Indian journal of veterinary science and animal husbandry - Volume 14,
Year: 1944
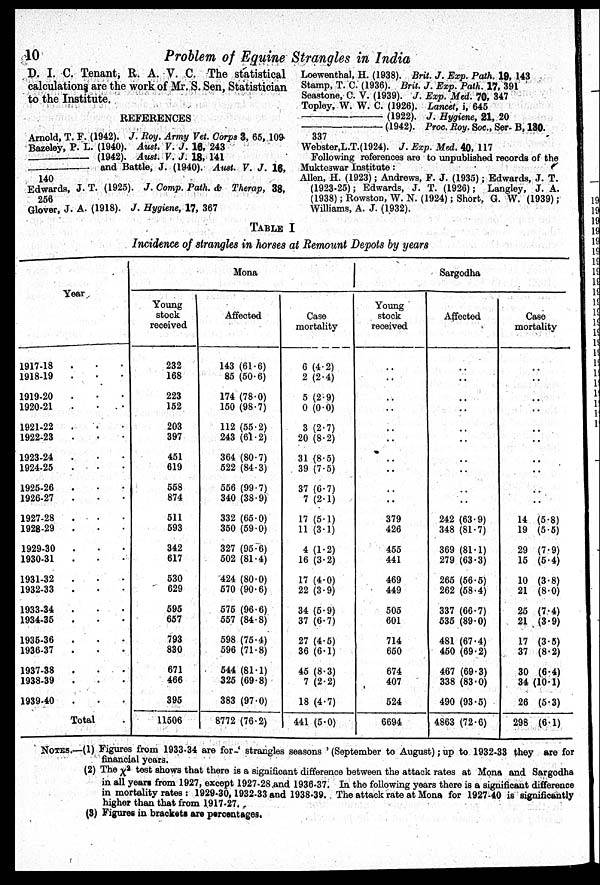
10
Problem of Equine Strangles in India
D. I. C. Tenant, R. A. V. C. The statistical
calculations are the work of Mr. S. Sen, Statistician
to the Institute.
REFERENCES
Arnold, T. F. (1942). J. Roy. Army Vet. Corps 3, 65, 109
Bazeley, P. L. (1940). Aust. V. J. 16, 243
——(1942).
Aust. V. J. 18, 141
——and
Battle, J. (1940). Aust. V. J. 18,
140
Edwards, J. T. (1925). J. Comp. Path. & Therap, 38,
256
Glover, J. A. (1918). J. Hygiene, 17, 367
Loewenthal, H. (1938). Brit. J. Exp. Path. 19, 143
Stamp, T. C. (1936). Brit. J. Exp. Path. 17, 391
Seastone, C. V. (1939). J. Exp. Med. 70, 347
Topley, W. W. C. (1926). Lancet, i, 645
——(1922).
J. Hygiene, 21, 20
——(1942).
Proc. Roy. Soc., Ser- B, 180.
337
Webster,L.T.(1924). J. Exp. Med. 40, 117
Following references are to unpublished records of the
Mukteswar Institute:
Allen, H. (1923); Andrews, F. J. (1935); Edwards, J. T.
(1923.25); Edwards, J. T. (1926); Langley, J. A.
(1938); Rowston, W. N. (1924); Short, G. W. (1939);
Williams, A. J. (1932).
TABLE I
Incidence of strangles in horses at Remount Depots by years
Year
1917-18 . . .
1918-19 . . .
1919-20 . . .
1920-21 . . .
1921-22 . . .
1922-23 . . .
1923-24 . . .
1924-25 . . .
1925-26 . . .
1926-27 . . .
1927-28 . . .
1928-29 . . .
1929-30 . . .
1930-31 . . .
1931-32 . . .
1932-33 . . .
1933-34 . . .
1934-35 . . .
1935-36 . . .
1936-37 . . .
1937-38 . . .
1938-39 . . .
1939-40 . . .
Total .
Mona
Young
stock
received
232
168
223
152
203
397
451
619
558
874
511
593
342
617
530
629
595
657
793
830
671
466
395
11506
Affected
143 (61.6)
85 (50.6)
174 (78.0)
150 (98.7)
112 (55.2)
243 (61.2)
364 (80.7)
522 (84.3)
556 (99.7)
340 (38.9)
332 (65.0)
350 (59.0)
327 (95.6)
502 (81.4)
424 (80.0)
570 (90.6)
575 (96.6)
557 (84.8)
598 (75.4)
596 (71.8)
544 (81.1)
325 (69.8)
383 (97.0)
8772 (76.2)
Case
mortality
6 (4.2)
2 (2.4)
5 (2.9)
0 (0.0)
3 (2.7)
20 (8.2)
31 (8.5)
39 (7.5)
37 (6.7)
7 (2.1)
17 (5.1)
11 (3.1)
4 (1.2)
16 (3.2)
17 (4.0)
22 (3.9)
34 (5.9)
37 (6.7)
27 (4.5)
36 (6.1)
45 (8.3)
7 (2.2)
18 (4.7)
441 (5.0)
Sargodha
Young
stock
received
..
..
..
..
..
..
..
..
..
..
379
426
455
441
469
449
505
601
714
650
674
407
524
6694
Affected
..
..
..
..
..
..
..
..
..
..
242 (63.9)
348 (81.7)
369 (81.1)
279 (63.3)
265 (56.5)
262 (58.4)
337 (66.7)
535 (89.0)
481 (67.4)
450 (69.2)
467 (69.3)
338 (83.0)
490 (93.5)
4863 (72.6)
Case
mortality
..
..
..
..
..
..
..
..
..
..
14 (5.8)
19 (5.5)
29 (7.9)
15 (5.4)
10 (3.8)
21 (8.0)
25 (7.4)
21 (3.9)
17 (3.5)
37 (8.2)
30 (6.4)
34 (10.1)
26 (5.3)
298 (6.1)
NOTES.—(1) Figures from 1933.34 are for-' strangles seasons ' (September to August); up to 1932-33 they are for
financial years.
(2) The x 2 test shows that there is a significant difference between the attack rates at Mona and Sargodha
in all years from 1927, except 1927-28 and 1936-37. In the following years there is a significant difference
in mortality rates: 1929-30, 1932-33 and 1938-39. The attack rate at Mona for 1927-40 is significantly
higher than that from 1917-27.
(3) Figures in brackets are percentages.